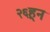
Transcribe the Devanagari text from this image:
२६हून